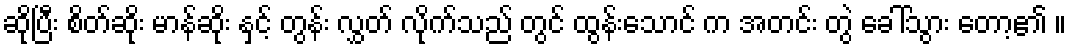
ဆိုပြီး စိတ်ဆိုး မာန်ဆိုး နှင့် တွန်း လွှတ် လိုက်သည် တွင် ထွန်းသောင် က အတင်း တွဲ ခေါ်သွား တော့၏ ။